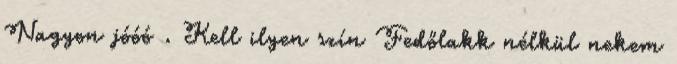
Nagyon jóóó . Kell ilyen szín Fedőlakk nélkül nekem